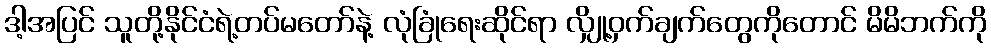
ဒါ့အပြင် သူတို့နိုင်ငံရဲ့တပ်မတော်နဲ့ လုံခြုံရေးဆိုင်ရာ လျှို့ဝှက်ချက်တွေကိုတောင် မိမိဘက်ကို